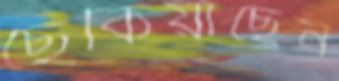
ছেঁকিয়াছেন